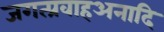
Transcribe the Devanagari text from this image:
जगत्प्रवाहअनादि